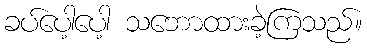
ခပ်ပေါ့ပေါ့ သဘောထားခဲ့ကြသည်။